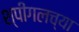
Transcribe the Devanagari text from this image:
श्पीगलच्या